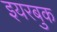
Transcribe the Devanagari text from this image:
इयरबुक